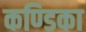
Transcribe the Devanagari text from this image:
कण्‍डिका